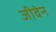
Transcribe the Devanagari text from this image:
जीवेन